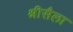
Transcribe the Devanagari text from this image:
श्रीसैला